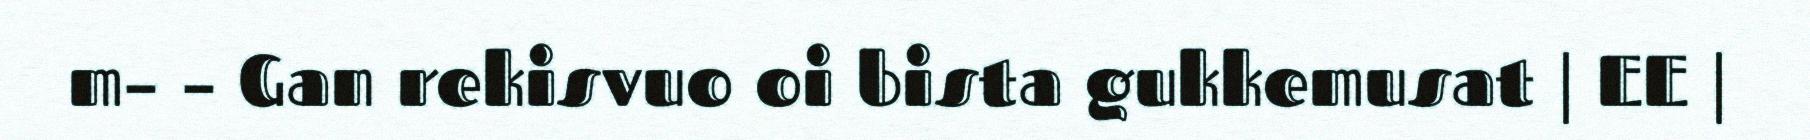
m– – Gan rekisvuo oi bista gukkemusat | EE |